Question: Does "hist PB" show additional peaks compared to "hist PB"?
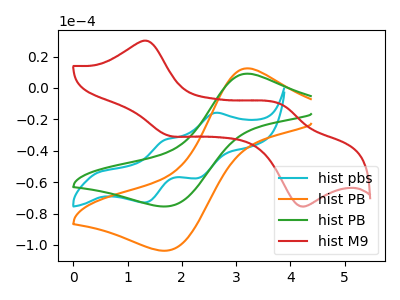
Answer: <think>The cyan curve "hist pbs" has anodic peaks at (2.60V, -15.95uA) (1.70V, -33.05uA) and cathodic peaks at (2.30V, -57.40uA) (1.30V, -73.00uA). The orange curve "hist PB" has an anodic peak at (3.20V, 12.50uA) and a cathodic peak at (1.75V, -103.65uA). The green curve "hist PB" has an anodic peak at (3.20V, 9.10uA) and a cathodic peak at (1.75V, -75.45uA). The red curve "hist M9" has anodic peaks at (1.35V, 29.95uA) (3.85V, -10.50uA) and cathodic peaks at (1.75V, -30.30uA) (4.15V, -75.15uA).
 All the peaks in "hist PB" have a peak in "hist PB" at the same potential. Every peak in "hist PB" is lower than every peak in "hist PB".</think>
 <answer>No, "hist PB" and "hist PB" don't appear to be significantly different in shape</answer>
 <eval>no_change</eval>